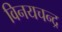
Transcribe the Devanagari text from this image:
विनयचन्द्र